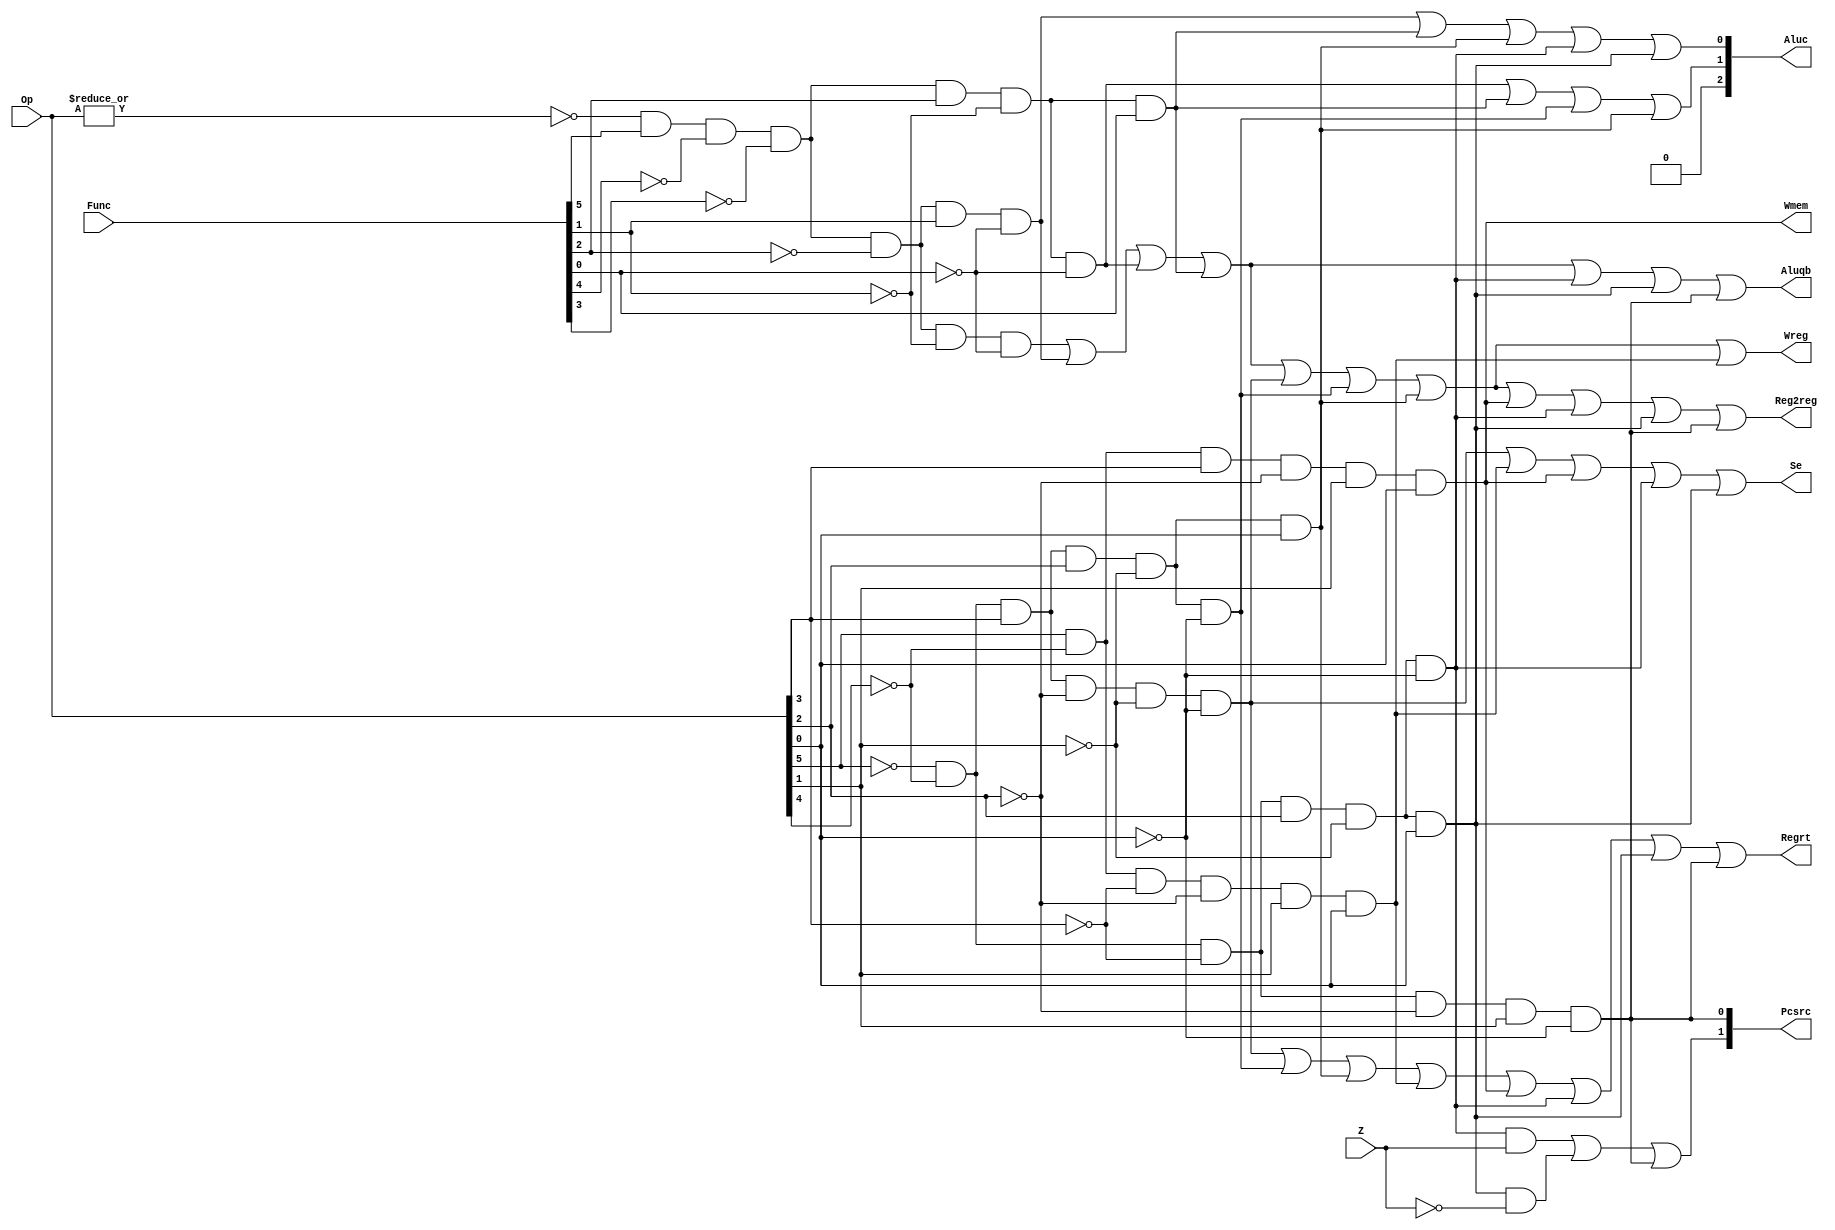
`timescale 1ns / 1ps
//////////////////////////////////////////////////////////////////////////////////
// Company: 
// Engineer: 
// 
// Design Name: 
// Module Name: CONUNIT
// Project Name: 
// Target Devices: 
// Tool Versions: 
// Description: 
// 
// Dependencies: 
// 
// Revision:
// Revision 0.01 - File Created
// Additional Comments:
// 
//////////////////////////////////////////////////////////////////////////////////


module CONUNIT(Op,Func,Z,Regrt,Se,Wreg,Aluqb,Aluc,Wmem,Pcsrc,Reg2reg);
input [5:0] Op,Func;
input Z;
output Regrt,Se,Wreg,Aluqb,Wmem,Reg2reg;
output [1:0] Pcsrc;
output [2:0] Aluc;
wire R_type=~|Op;
wire I_add=R_type&Func[5]&~Func[4]&~Func[3]&~Func[2]&~Func[1]&~Func[0];
wire I_sub=R_type&Func[5]&~Func[4]&~Func[3]&~Func[2]&Func[1]&~Func[0];
wire I_and=R_type&Func[5]&~Func[4]&~Func[3]&Func[2]&~Func[1]&~Func[0];
wire I_or=R_type&Func[5]&~Func[4]&~Func[3]&Func[2]&~Func[1]&Func[0];
wire I_addi=~Op[5]&~Op[4]&Op[3]&~Op[2]&~Op[1]&~Op[0];
wire I_andi=~Op[5]&~Op[4]&Op[3]&Op[2]&~Op[1]&~Op[0];
wire I_ori=~Op[5]&~Op[4]&Op[3]&Op[2]&~Op[1]&Op[0];
wire I_lw=Op[5]&~Op[4]&~Op[3]&~Op[2]&Op[1]&Op[0];
wire I_sw=Op[5]&~Op[4]&Op[3]&~Op[2]&Op[1]&Op[0];
wire I_beq=~Op[5]&~Op[4]&~Op[3]&Op[2]&~Op[1]&~Op[0];
wire I_bne=~Op[5]&~Op[4]&~Op[3]&Op[2]&~Op[1]&Op[0];
wire I_J=~Op[5]&~Op[4]&~Op[3]&~Op[2]&Op[1]&~Op[0];

assign Regrt=I_addi|I_andi|I_ori|I_lw|I_sw|I_beq|I_bne|I_J;
assign Se=I_addi|I_lw|I_sw|I_beq|I_bne;
assign Wreg=I_add|I_sub|I_and|I_or|I_addi|I_andi|I_ori|I_lw;
assign Aluqb=I_add|I_sub|I_and|I_or|I_beq|I_bne|I_J;
assign Aluc[2]=0;//
assign Aluc[1]=I_and|I_or|I_andi|I_ori;
assign Aluc[0]=I_sub|I_or|I_ori|I_beq|I_bne;
assign Wmem=I_sw;
assign Pcsrc[1]=(I_beq&Z)|(I_bne&~Z)|I_J;
assign Pcsrc[0]=I_J;
assign Reg2reg=I_add|I_sub|I_and|I_or|I_addi|I_andi|I_ori|I_sw|I_beq|I_bne|I_J;
endmodule